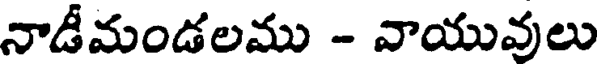
నాడీమండలము - వాయువులు